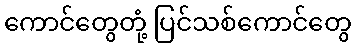
ကောင်တွေတုံ့ ပြင်သစ်ကောင်တွေ